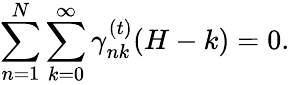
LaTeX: \sum_{n=1}^{N}\sum_{k=0}^{\infty}\gamma_{nk}^{(t)}(H-k)=0.